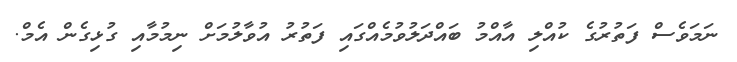
ނަމަވެސް ފަތުރުގެ ކުއްލި އާއްމު ބައްދަލުވުމެއްގައި ފަތުރު އުވާލުމަށް ނިމުމާއި ގުޅިގެން އެމް.